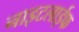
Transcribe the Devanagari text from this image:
नाइटलाईफ